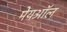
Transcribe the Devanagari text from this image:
मेयऑल